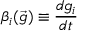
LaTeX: \beta _ { i } ( \vec { g } ) \equiv \frac { d g _ { i } } { d t }